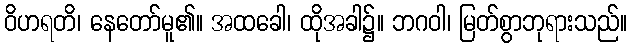
ဝိဟရတိ၊ နေတော်မူ၏။ အထခေါ၊ ထိုအခါ၌။ ဘဂဝါ၊ မြတ်စွာဘုရားသည်။